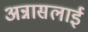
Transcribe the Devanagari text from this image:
अन्नासलाई